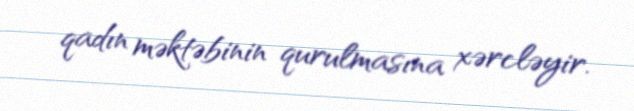
qadın məktəbinin qurulmasına xərcləyir.